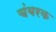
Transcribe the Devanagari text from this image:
चंबरक